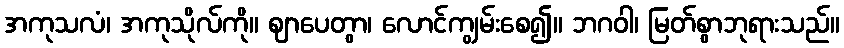
အကုသလံ၊ အကုသိုလ်ကို။ ဈာပေတွာ၊ လောင်ကျွမ်းစေ၍။ ဘဂဝါ၊ မြတ်စွာဘုရားသည်။